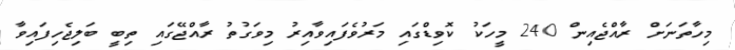
މިހާތަނަށް ރާއްޖެއިން 240 މީހަކު ކޮވިޑްގައި މަރުވެފައިވާއިރު މިވަގުތު ރާއްޖޭގައި ތިބީ ބަލިޖެހިފައިވާ